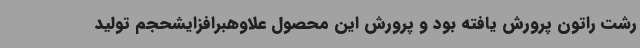
رشت راتون پرورش یافته بود و پرورش این محصول علاوهبرافزایشحجم تولید